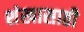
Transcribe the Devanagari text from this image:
शंखासाठी